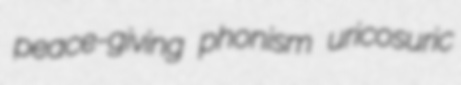
peace-giving phonism uricosuric